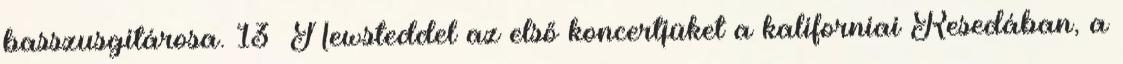
basszusgitárosa. 13 Newsteddel az első koncertjüket a kaliforniai Resedában, a